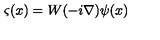
\varsigma ( x ) = W ( - i \mathrm { \boldmath \nabla } ) \psi ( x )